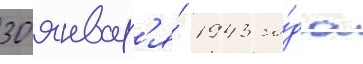
30 январ'я́ 1943 го́да